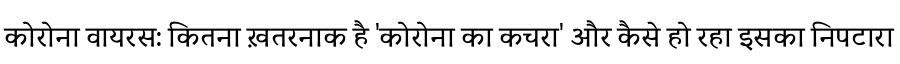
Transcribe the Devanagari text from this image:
कोरोना वायरस: कितना ख़तरनाक है 'कोरोना का कचरा' और कैसे हो रहा इसका निपटारा